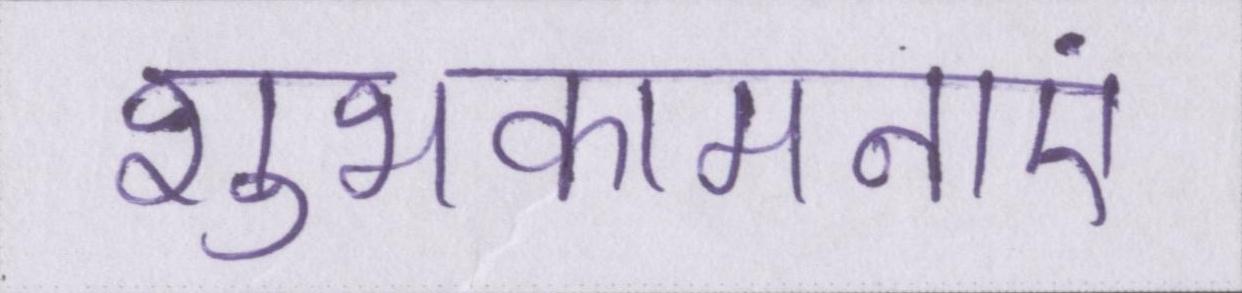
शुभकामनाएं